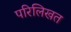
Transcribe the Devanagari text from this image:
परिलिखत